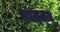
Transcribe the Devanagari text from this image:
लान्त्ज़